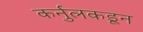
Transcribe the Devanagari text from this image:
कर्नुलकडून